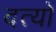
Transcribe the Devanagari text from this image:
दत्यों